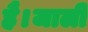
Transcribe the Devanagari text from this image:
है।जाली